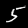
Digit: 5